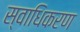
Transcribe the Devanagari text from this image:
स्वाधिकरण